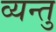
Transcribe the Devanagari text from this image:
व्यन्तु